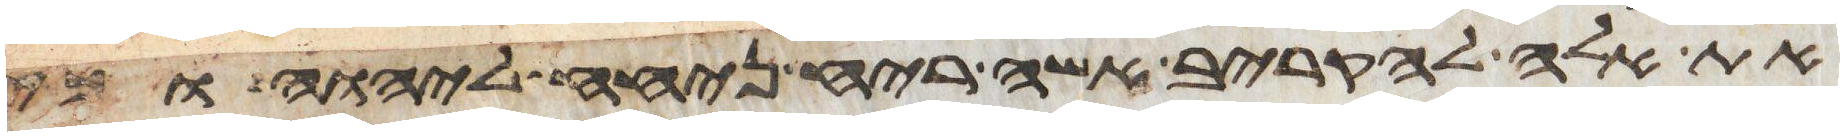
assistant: את אלה להקריב אשה ריח ניחח ליהוה וכי